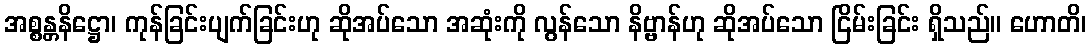
အစ္စန္တနိဋ္ဌော၊ ကုန်ခြင်းပျက်ခြင်းဟု ဆိုအပ်သော အဆုံးကို လွန်သော နိဗ္ဗာန်ဟု ဆိုအပ်သော ငြိမ်းခြင်း ရှိသည်။ ဟောတိ၊